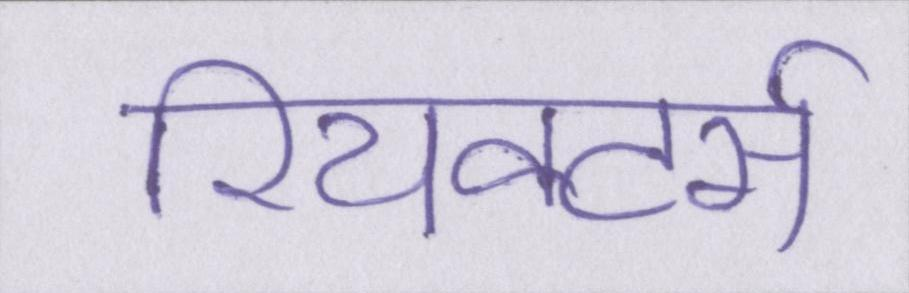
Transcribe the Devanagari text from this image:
रियक्टर्स